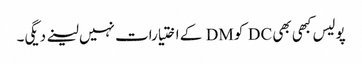
پولیس کبھی بھی DC کو DM کے اختیارات نہیں لینے دیگی۔